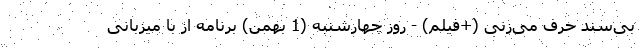
بی‌سند حرف می‌زنی (+فیلم) - روز چهارشنبه (1 بهمن) برنامه از با میزبانی